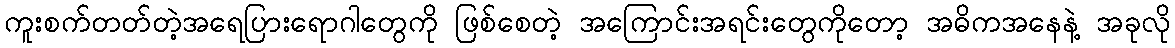
ကူးစက်တတ်တဲ့အရေပြားရောဂါတွေကို ဖြစ်စေတဲ့ အကြောင်းအရင်းတွေကိုတော့ အဓိကအနေနဲ့ အခုလို